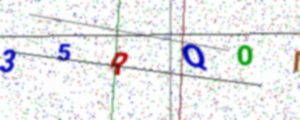
Text: 35RQOI